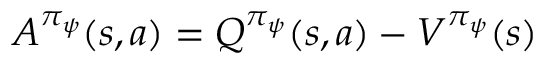
A ^ { \pi _ { \psi } } ( s , a ) = Q ^ { \pi _ { \psi } } ( s , a ) - V ^ { \pi _ { \psi } } ( s )